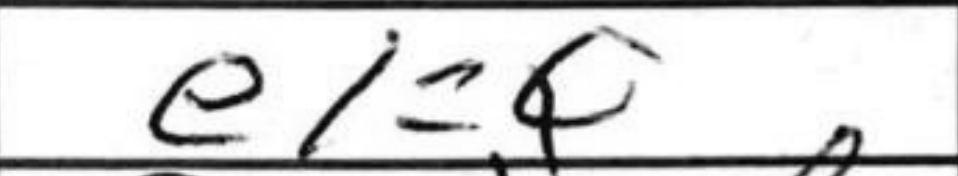
Transcription: e1=Q